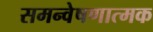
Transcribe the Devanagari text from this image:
समन्वेषणात्मक